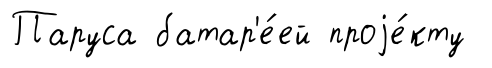
Паруса батар'е́ей проjе́кту